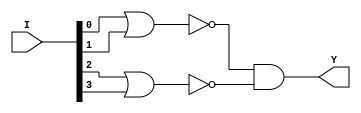
// Name: logic_32_bit.v
// Module: 
// Input: 
// Output: 
//
// Notes: Common definitions
// 
//
// Revision History:
//
// Version	Date		Who		email			note
//------------------------------------------------------------------------------------------
//  1.0     Sep 02, 2014	Kaushik Patra	kpatra@sjsu.edu		Initial creation
//------------------------------------------------------------------------------------------
//
//4-bit NOR
module NOR4_1x1(Y, I);
   input [3:0] I;
   output      Y;

   wire        nor1_o, nor2_o;

   nor nor1(nor1_o, I[0], I[1]);
   nor nor2(nor2_o, I[2], I[3]);
   and  and3(Y, nor1_o, nor2_o);
   
endmodule // NOR4_1x1

//8-bit NOR
module NOR8_1x1(Y, I);
   input [7:0] I;
   output      Y;

   wire        nor1_o, nor2_o;

   NOR4_1x1 nor1(nor1_o, I[3:0]);
   NOR4_1x1 nor2(nor2_o, I[7:4]);
   and and3(Y, nor1_o, nor2_o);
   
endmodule // NOR8_1x1

//16-bit NOR
module NOR16_1x1(Y, I);
   input [15:0] I;
   output      Y;

   wire        nor1_o, nor2_o;

   NOR8_1x1 nor1(nor1_o, I[7:0]);
   NOR8_1x1 nor2(nor2_o, I[15:8]);
   and and3(Y, nor1_o, nor2_o);
   
endmodule // NOR16_1x1
   
//32-bit 1 output NOR
module NOR32_1x1(Y, I);
   input [31:0] I;
   output      Y;

   wire        nor1_o, nor2_o;

   NOR16_1x1 nor1(nor1_o, I[15:0]);
   NOR16_1x1 nor2(nor2_o, I[31:16]);
   and and3(Y, nor1_o, nor2_o);
   
endmodule // NOR32_1x1


//4-bit OR
module OR4_1x1(Y, I);
   input [3:0] I;
   output      Y;

   wire        or1_o, or2_o;

   or or1(or1_o, I[0], I[1]);
   or or2(or2_o, I[2], I[3]);
   or or3(Y, or1_o, or2_o);
   
endmodule // OR4_1x1

//8-bit OR
module OR8_1x1(Y, I);
   input [7:0] I;
   output      Y;

   wire        or1_o, or2_o;

   OR4_1x1 or1(or1_o, I[3:0]);
   OR4_1x1 or2(or2_o, I[7:4]);
   or or3(Y, or1_o, or2_o);
   
endmodule // OR8_1x1

//16-bit OR
module OR16_1x1(Y, I);
   input [15:0] I;
   output      Y;

   wire        or1_o, or2_o;

   OR8_1x1 or1(or1_o, I[7:0]);
   OR8_1x1 or2(or2_o, I[15:8]);
   or or3(Y, or1_o, or2_o);
   
endmodule // OR16_1x1
   
//32-bit 1 output OR
module OR32_1x1(Y, I);
   input [31:0] I;
   output      Y;

   wire        or1_o, or2_o;

   OR16_1x1 or1(or1_o, I[15:0]);
   OR16_1x1 or2(or2_o, I[31:16]);
   or or3(Y, or1_o, or2_o);
   
endmodule // OR32_1x1


//32-bit OR
module OR32_2x1(Y,A,B);

input [31:0] A;
input [31:0] B;

output [31:0] Y;

genvar i;
generate 
	for(i = 0; i < 32; i = i + 1)
	begin : or32_gen_loop
		or or_inst(Y[i], A[i], B[i]);
	end
endgenerate

endmodule

//32-bit NOR
module NOR32_2x1(Y,A,B);

input [31:0] A;
input [31:0] B;

output [31:0] Y;

genvar i;
generate 
	for(i = 0; i < 32; i = i + 1)
	begin : nor32_gen_loop
		nor nor_inst(Y[i], A[i], B[i]);
	end
endgenerate

endmodule

//32-bit AND
module AND32_2x1(Y,A,B);

input [31:0] A;
input [31:0] B;

output [31:0] Y;

genvar i;
generate 
	for(i = 0; i < 32; i = i + 1)
	begin : and32_gen_loop
		and and_inst(Y[i], A[i], B[i]);
	end
endgenerate

endmodule

//NAND MODULE
module NAND32(Y,A,B);

input [31:0] A;
input [31:0] B;

output [31:0] Y;

genvar i;
generate 
	for(i = 0; i < 32; i = i + 1)
	begin : nand32_gen_loop
		nand nand_inst(Y[i], A[i], B[i]);
	end
endgenerate

endmodule

//XOR MODULE
module XOR32(Y,A,B);

input [31:0] A;
input [31:0] B;

output [31:0] Y;

genvar i;
generate 
	for(i = 0; i < 32; i = i + 1)
	begin : xor32_gen_loop
		xor xor_inst(Y[i], A[i], B[i]);
	end
endgenerate

endmodule

//XNOR MODULE
module XNOR32(Y,A,B);

input [31:0] A;
input [31:0] B;

output [31:0] Y;

genvar i;
generate 
	for(i = 0; i < 32; i = i + 1)
	begin : xnor32_gen_loop
		xnor xnor_inst(Y[i], A[i], B[i]);
	end
endgenerate

endmodule

//BUF MODULE
module BUF32(Y,A);

input [31:0] A;

output [31:0] Y;

genvar i;
generate 
	for(i = 0; i < 32; i = i + 1)
	begin : buf32_gen_loop
		buf buf_inst(Y[i], A[i]);
	end
endgenerate

endmodule

//32-bit NOT
module NOT32(Y,A);

input [31:0] A;

output [31:0] Y;

genvar i;
generate 
	for(i = 0; i < 32; i = i + 1)
	begin : not32_gen_loop
		not not_inst(Y[i], A[i]);
	end
endgenerate

endmodule // NOT32


//32-bit Inverter
module INV32_1x1(Y,A);

input [31:0] A;

output [31:0] Y;

genvar i;
generate 
	for(i = 0; i < 32; i = i + 1)
	begin : not32_gen_loop
		not not_inst(Y[i], A[i]);
	end
endgenerate

endmodule